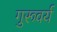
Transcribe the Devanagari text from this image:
गुरूवर्य